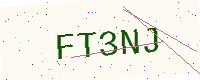
Text: FT3NJ